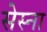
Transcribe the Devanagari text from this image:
सेस्ना